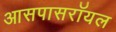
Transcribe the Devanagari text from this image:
आसपासरॉयल